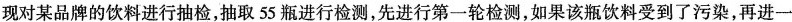
现对某品牌的饮料进行抽检，抽取55瓶进行检测，先进行第一轮检测，如果该瓶饮料受到了污染，再进一